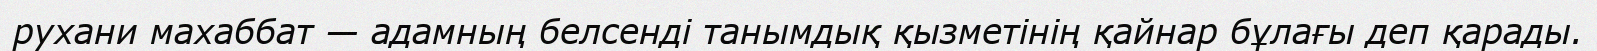
рухани махаббат — адамның белсенді танымдық қызметінің қайнар бұлағы деп қарады.